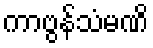
ကာဗွန်သံမဏိ